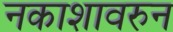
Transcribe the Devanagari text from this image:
नकाशावरुन